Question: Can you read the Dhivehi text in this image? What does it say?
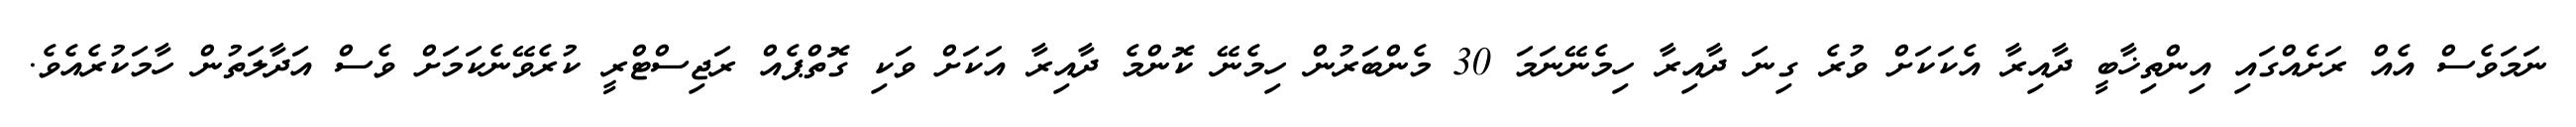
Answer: ނަމަވެސް އެއް ރަށެއްގައި އިންތިޚާބީ ދާއިރާ އެކަކަށް ވުރެ ގިނަ ދާއިރާ ހިމެނޭނަމަ 30 މެންބަރުން ހިމެނޭ ކޮންމެ ދާއިރާ އަކަށް ވަކި ގޮތްޕެއް ރަޖިސްޓްރީ ކުރެވޭނެކަމަށް ވެސް އަދާލަތުން ހާމަކުރެއެވެ.